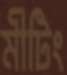
মীটিং